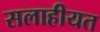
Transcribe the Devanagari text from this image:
सलाहीयत